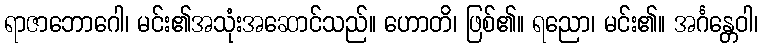
ရာဇာဘောဂေါ၊ မင်း၏အသုံးအဆောင်သည်။ ဟောတိ၊ ဖြစ်၏။ ရညော၊ မင်း၏။ အင်္ဂန္တေဝါ၊